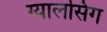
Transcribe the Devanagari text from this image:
ग्‍यालसिंग